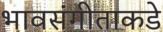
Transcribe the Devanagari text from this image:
भावसंगीताकडे